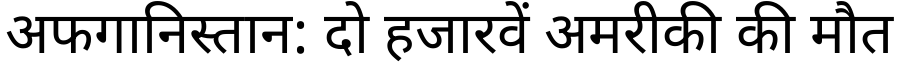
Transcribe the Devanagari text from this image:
अफगानिस्तान: दो हजारवें अमरीकी की मौत